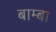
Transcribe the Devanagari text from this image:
बाम्बा